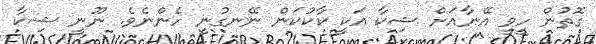
ގޮތުން ހީވީ އޭނާއަށް ޝިކާ އަކީ ކާކުކަން ނޭނގުނީ ހެންނެވެ. ނޫނީ ޝިކާ